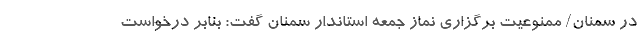
در سمنان/ ممنوعیت برگزاری نماز جمعه استاندار سمنان گفت: بنابر درخواست